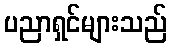
ပညာရှင်များသည်